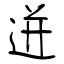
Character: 迸